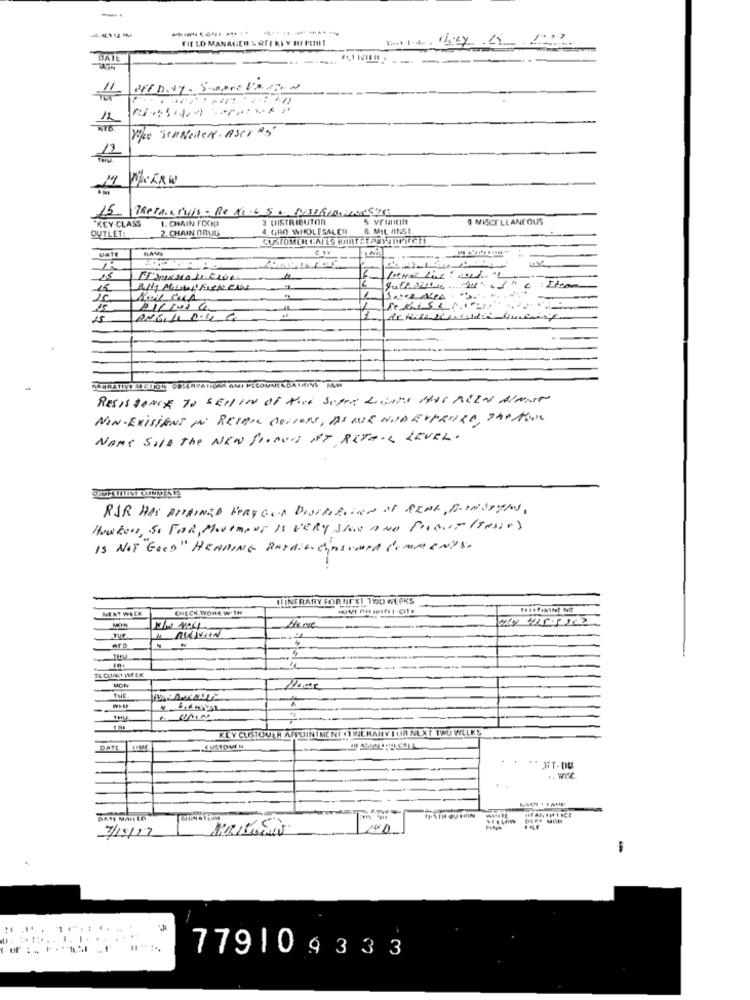
-------------
FIE LO MANAGERS OFFRIY REPORT
BAT
...
--
Yoke SCHNEier. Aser "5'
14
15. Thecar Dis - RO NESSA PASSARAMDONC]
1. CHAIN FOOD
3 DISTRIBUTOR
MISCELLANEOUS
KEY -CLASS
2. CHAIN ORUG
4 GIRO WHOLESALER
6. MIL HINSt.
OUTLET:
CUSTOMER CALLS PORTARTIWUCHT
DATE
25
11
10
15
ANGLI 1.4 6
RESISTANCE TO SELLIN OF THE SUPER LIGNES HAS BEEN ALMUT
NON- EXISTENT IN RETAIL COLLONS, AS WE NOD EVERARD, The NONE
NAME SILD THE NEW BLOOD AT RETAIL REVEL.
RJR HAS ATTAINED BERGGOD DISTRIBUTION OF REAL, BISPENS,
Howtoe, SE FOR, Movement IS VERY SIE AND FORGOT (TASSE)
Is NOT GOOD" HEADING RETAIN. CONSUMER COMMENTS.
LINERARY FORNEXI TWO WEEKS
MENY WACK
CHECK WORK WITH
Here
TUE
THE
KEY CUSTOVLH AFFOININENÍ 11 BJERANY I UR NEXT TWO WLLKS
DATE
RT-DU
7/15/19
.......
1. .. .. . . ..
779109333